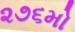
૨૭૬મો